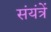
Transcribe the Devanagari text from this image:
संयंत्रें